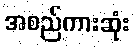
အစည်ကားဆုံး